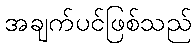
အချက်ပင်ဖြစ်သည်